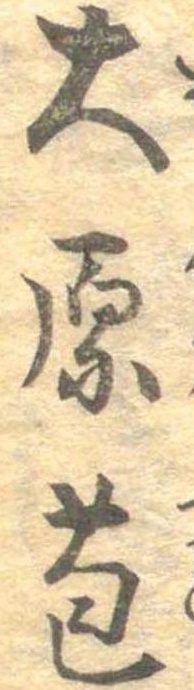
大原苞